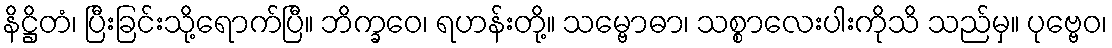
နိဋ္ဌိတံ၊ ပြီးခြင်းသို့ရောက်ပြီ။ ဘိက္ခဝေ၊ ရဟန်းတို့။ သမ္ဗောဓာ၊ သစ္စာလေးပါးကိုသိ သည်မှ။ ပုဗ္ဗေဝ၊